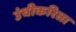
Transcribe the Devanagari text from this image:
उंचीकरिता